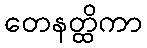
တေနတ္ထိကာ